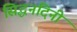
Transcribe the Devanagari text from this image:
सिद्धनंदिनी